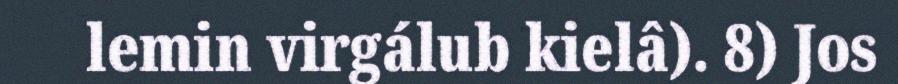
lemin virgálub kielâ). 8) Jos